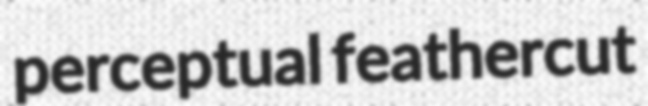
perceptual feathercut